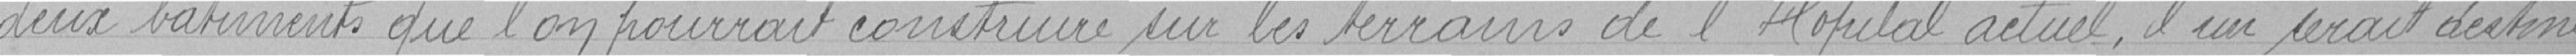
deux bâtiments que l'on pourrait construire sur les terrains de l'Hôpital actuel ; l'un serait destiné